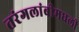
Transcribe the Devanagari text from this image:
तरंगलांबीमधली